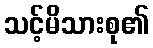
သင့်မိသားစု၏